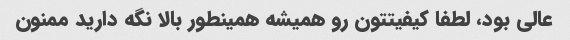
عالی بود، لطفا کیفیتتون رو همیشه همینطور بالا نگه دارید ممنون